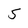
Character: 5